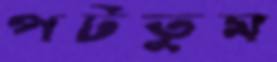
পটতুম